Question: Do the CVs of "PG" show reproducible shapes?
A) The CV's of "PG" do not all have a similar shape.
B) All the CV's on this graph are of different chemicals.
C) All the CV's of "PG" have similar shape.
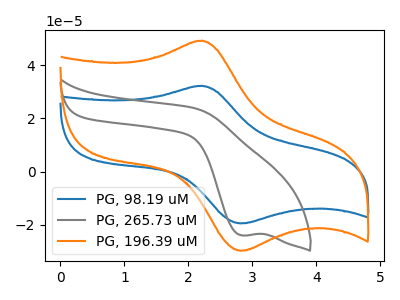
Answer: <think>The blue curve "PG, 98.19 uM" has an anodic peak at (2.20V, 32.30uA) and a cathodic peak at (2.80V, -19.60uA). The gray curve "PG, 265.73 uM" has a cathodic peak at: (2.85V, -24.10uA). The orange curve "PG, 196.39 uM" has an anodic peak at (2.20V, 49.35uA) and a cathodic peak at (2.80V, -29.90uA).
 "PG, 98.19 uM" and "PG, 265.73 uM" have a different number of peaks. All the peaks in "PG, 98.19 uM" have a peak in "PG, 196.39 uM" at the same potential. Every peak in "PG, 98.19 uM" is lower than every peak in "PG, 196.39 uM". "PG, 265.73 uM" and "PG, 196.39 uM" have a different number of peaks.</think>
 <answer>C) All the CV's of "PG" have similar shape.</answer>
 <eval>C</eval>